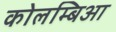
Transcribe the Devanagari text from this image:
कोलम्बिआ